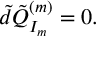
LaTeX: \tilde { d } \tilde { Q } _ { I _ { m } } ^ { ( m ) } = 0 .